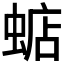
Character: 𧍈